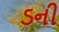
ડની